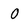
Character: O